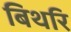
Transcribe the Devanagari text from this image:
बिथरि